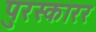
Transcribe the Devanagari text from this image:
पुरस्कारर